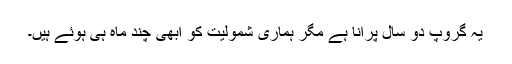
یہ گروپ دو سال پرانا ہے مگر ہماری شمولیت کو ابھی چند ماہ ہی ہوئے ہیں۔